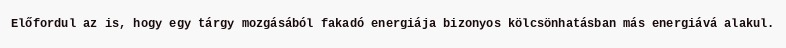
Előfordul az is, hogy egy tárgy mozgásából fakadó energiája bizonyos kölcsönhatásban más energiává alakul.